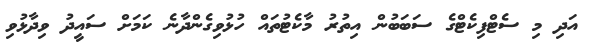
އަދި މި ސެޓްފިކެޓްގެ ސަބަބުން އިތުރު މާކެޓުތައް ހުޅުވިގެންދާނެ ކަމަށް ސައީދު ވިދާޅުވި